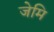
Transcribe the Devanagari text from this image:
जेमि